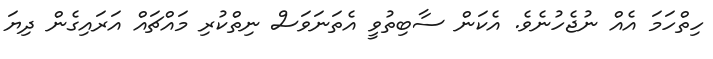
ހިތްހަމަ އެއް ނުޖެހުނެވެ. އެކަން ސާބިތުވީ އެތަނަވަސް ނިތްކުރި މައްޗައް އަރައިގެން ދިޔަ